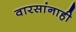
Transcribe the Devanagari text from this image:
वारसांनाही